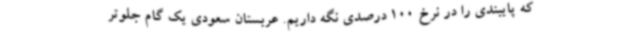
که پایبندی را در نرخ 100 درصدی نگه داریم. عربستان سعودی یک گام جلوتر